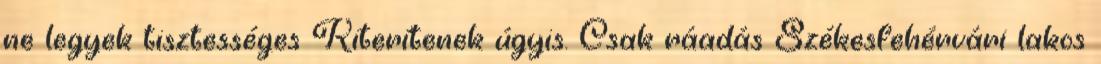
ne legyek tisztességes Kiterítenek úgyis. Csak ráadás Székesfehérvári lakos